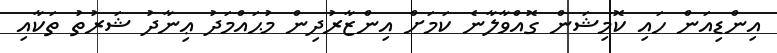
އިންޑިއަން ހައި ކޮމިޝަން ގޮއްވާލާނެ ކަމަށް އިންޒާރުދިން މުޙައްމަދު ޢިނާދު ޝަރުތު ތަކާއި